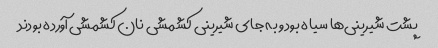
پشت شیرینی‌ها سیاه بود و به جای شیرینی کشمشی نان کشمشی آورده بودند